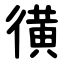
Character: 㣴